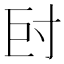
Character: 𡬡